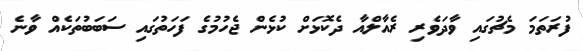
ފުރަތަމަ މެޗުގައި ވާދަވެރި ރެއާލްއާ ދެކޮޅަށް ކުޅެން ޖެހުމުގެ ފަހަތުގައި ސަބަބުތަކެއް ވާނެ